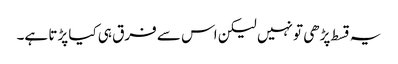
یہ قسط پڑھی تو نہیں لیکن اس سے فرق ہی کیا پڑتا ہے۔